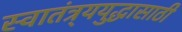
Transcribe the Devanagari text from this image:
स्वातंत्र्ययुद्धासाठी